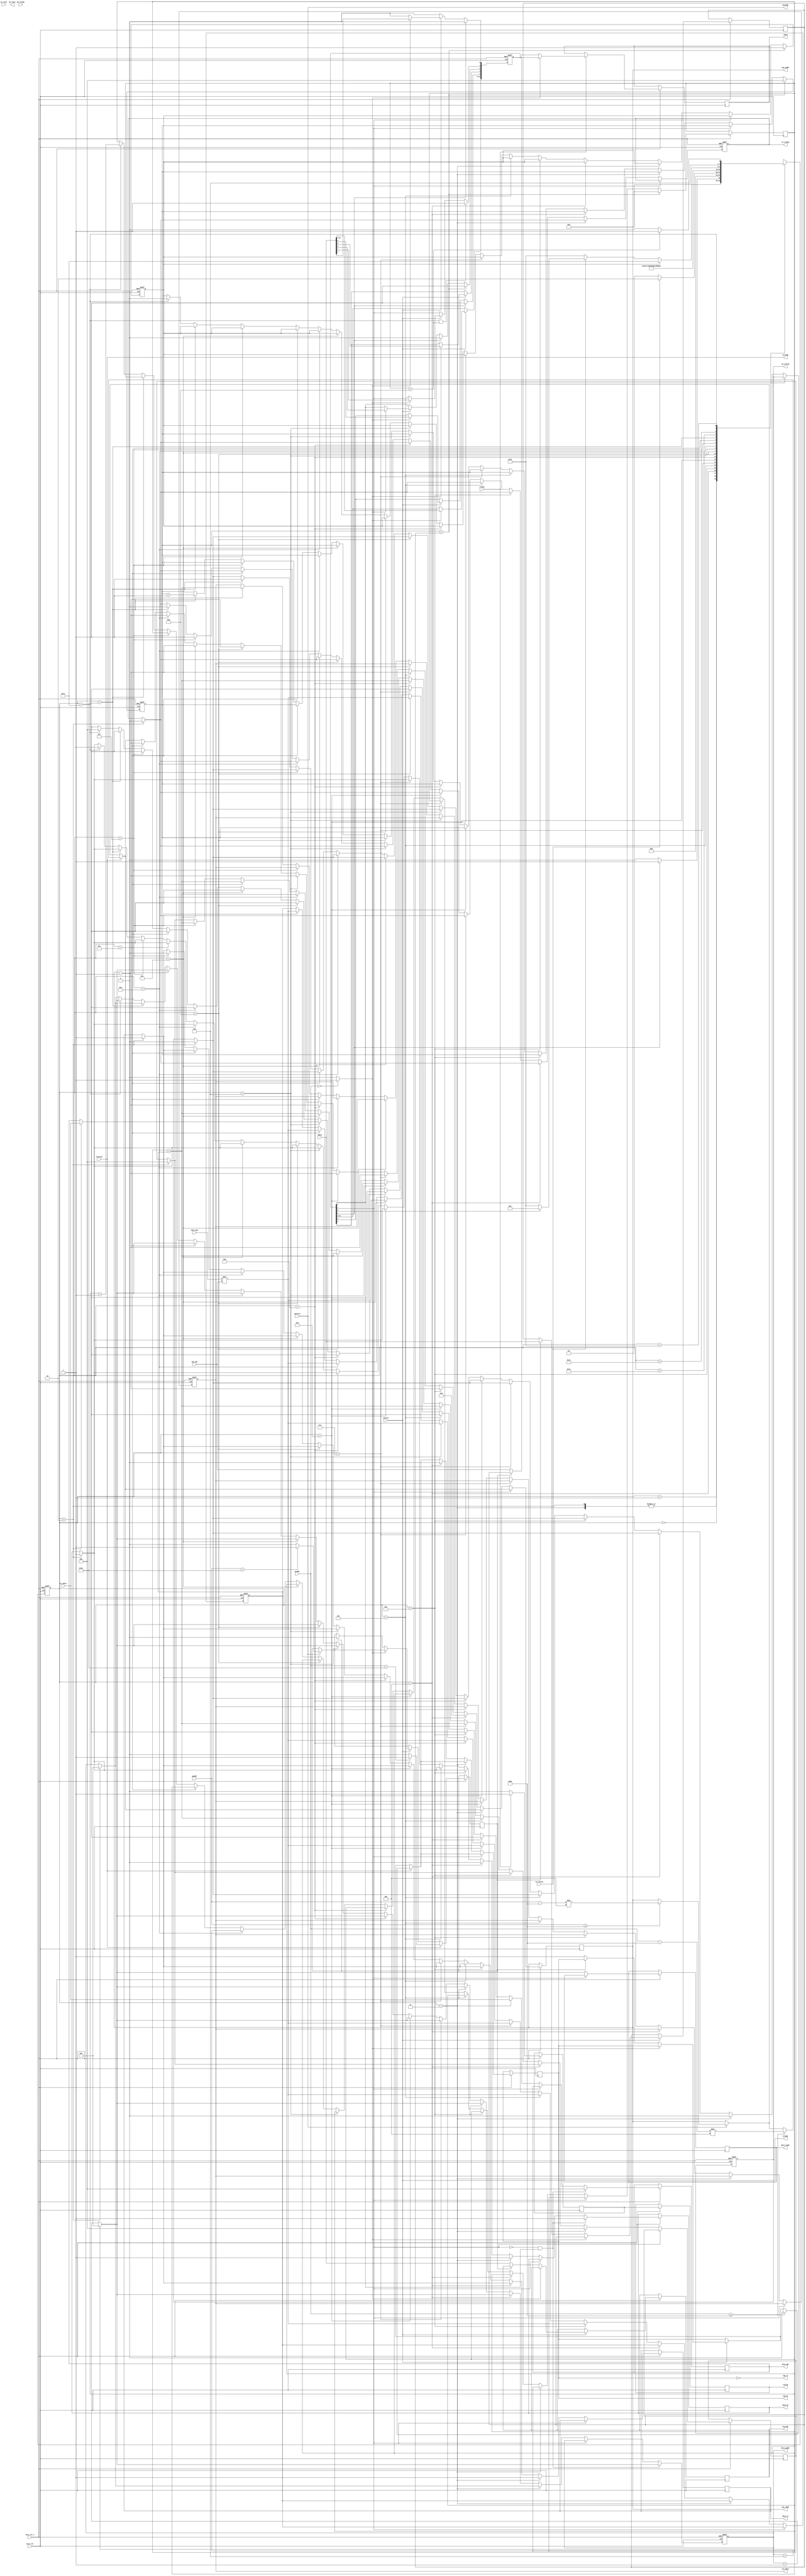
`timescale 1ns / 1ps

module fir 
#(  parameter pADDR_WIDTH = 12,
    parameter pDATA_WIDTH = 32,
    parameter Tape_Num    = 11,
    parameter IDLE = 5'd0,
    parameter START = 5'd1,
    parameter INIT_0 = 5'd2,
    parameter INIT_1 = 5'd3,
    parameter INIT_2 = 5'd4,
    parameter COEF_10 = 5'd5,
    parameter COEF_9 = 5'd6,
    parameter COEF_8 = 5'd7,
    parameter COEF_7 = 5'd8,
    parameter COEF_6 = 5'd9,
    parameter COEF_5 = 5'd10,
    parameter COEF_4 = 5'd11,
    parameter COEF_3 = 5'd12,
    parameter COEF_2 = 5'd13,
    parameter COEF_1 = 5'd14,
    parameter COEF_0 = 5'd15,
    parameter OUTPUT = 5'd16,
    parameter WAIT_VAL_1 = 5'd17,
    parameter WAIT_VAL_2 = 5'd18,
    parameter WAIT = 5'd19,
    parameter RST_BRAM = 5'd20,
    parameter WAIT_Y = 5'd21
)
(
    output  wire                     awready,
    output  wire                     wready,
    input   wire                     awvalid,
    input   wire [(pADDR_WIDTH-1):0] awaddr,
    input   wire                     wvalid,
    input   wire [(pDATA_WIDTH-1):0] wdata,
    output  wire                     arready,
    input   wire                     rready,
    input   wire                     arvalid,
    input   wire [(pADDR_WIDTH-1):0] araddr,
    output  wire                     rvalid,
    output  wire [(pDATA_WIDTH-1):0] rdata,    
    input   wire                     ss_tvalid, 
    input   wire [(pDATA_WIDTH-1):0] ss_tdata, 
    input   wire                     ss_tlast, 
    output  wire                     ss_tready, 
    input   wire                     sm_tready, 
    output  wire                     sm_tvalid, 
    output  wire [(pDATA_WIDTH-1):0] sm_tdata, 
    output  wire                     sm_tlast, 
    
    // bram for tap RAM
    // output  wire [3:0]               tap_WE,
    // output  wire                     tap_EN,
    // output  wire [(pDATA_WIDTH-1):0] tap_Di,
    // output  wire [(pADDR_WIDTH-1):0] tap_A,
    // input   wire [(pDATA_WIDTH-1):0] tap_Do,
    output  wire                     tap_we,
    output  wire                     tap_re,
    output  wire [(pADDR_WIDTH-1):0] tap_waddr,
    output  wire [(pADDR_WIDTH-1):0] tap_raddr,
    output  wire [(pDATA_WIDTH-1):0] tap_wdi,
    input   wire [(pDATA_WIDTH-1):0] tap_wdo,

    // bram for data RAM
    // output  wire [3:0]               data_WE,
    // output  wire                     data_EN,
    // output  wire [(pDATA_WIDTH-1):0] data_Di,
    // output  wire [(pADDR_WIDTH-1):0] data_A,
    // input   wire [(pDATA_WIDTH-1):0] data_Do,
    output  wire                     data_we,
    output  wire                     data_re,
    output  wire [(pADDR_WIDTH-1):0] data_waddr,
    output  wire [(pADDR_WIDTH-1):0] data_raddr,
    output  wire [(pDATA_WIDTH-1):0] data_wdi,
    input   wire [(pDATA_WIDTH-1):0] data_wdo,

    input   wire                     axis_clk,
    input   wire                     axis_rst_n
);


    // write your code here!
    reg [4:0] curr_state, next_state;
    reg [11:0] addr_buf, data_addr_buf, data_raddr_buf;
    reg signed [31:0] write_buf, data_write_buf, read_buf;
    reg read_flag1, read_flag2, WE_flag, data_WE_flag, data_RE_flag;
    reg [31:0] ap_signals, length;
    reg ap_flag, length_flag;
    reg [3:0] SftReg_ptr;
    reg SftReg_full_flag;
    reg [31:0] AddIn_buf, acc;
    reg ss_tready_buf, sm_tvalid_buf;
    reg [31:0] sm_tdata_buf;
    reg [31:0] cnt;
    reg last_data_flag;
    reg finish_flag;
    reg [3:0] RST_BRAM_cnt;
    
    // BRAM
    assign tap_wdi = write_buf;
    assign tap_waddr = addr_buf;
    assign tap_raddr = addr_buf;
    assign tap_we = WE_flag;
    assign tap_re = ~WE_flag;
    assign data_wdi = data_write_buf;
    assign data_waddr =  data_addr_buf;
    assign data_raddr =  data_raddr_buf;
    assign data_we = data_WE_flag;
    assign data_re = data_RE_flag;
    // axi-write
    assign awready = awvalid;
    assign wready = wvalid;
    // axi-read
    assign arready = arvalid;
    assign rvalid = read_flag2;
    assign rdata = read_buf;
    // axi-stream
    assign ss_tready = ss_tready_buf;
    assign sm_tdata = sm_tdata_buf;
    assign sm_tvalid = sm_tvalid_buf;

    always @ (posedge axis_clk or negedge axis_rst_n) begin
        if (~axis_rst_n) begin
            curr_state <= IDLE;
            ap_signals <= 32'h4;
            SftReg_ptr <= 4'h0;
            SftReg_full_flag <= 0;
            AddIn_buf <= 32'd0;
            ss_tready_buf <= 0;
            data_addr_buf <= 12'h000;
            sm_tvalid_buf <= 0;
            sm_tdata_buf <= 32'd0;
            cnt <= 32'd0;
            finish_flag <= 0;
        end
        else begin
            curr_state <= next_state;
            // Coefficient input
            // axilite-write
            if(awvalid) begin
                if(awaddr == 12'h010) begin
                    length_flag <= 1;
                end
                else length_flag <= 0;
                if(awaddr >= 12'h020) begin
                    addr_buf <= (awaddr - 12'h020) / 12'h004;
                end
            end
            if(wvalid) begin
                if(ap_flag) begin
                    ap_signals <= wdata;
                end
                else if(length_flag) begin
                    length <= wdata;
                    length_flag <= 0;
                end
                else begin
                    write_buf <= wdata;
                    WE_flag <= 1;
                end
            end
            //axilite-read
            if(arvalid) begin
                if(araddr == 12'h010) begin
                    length_flag <= 1;
                end
                else length_flag <= 0;
                if(araddr >= 12'h020) begin
                    addr_buf <= (araddr - 12'h020) / 12'h004;
                    WE_flag <= 0;
                end                
            end
            if(rready) begin
                read_flag1 <= 1;
                if(ap_flag) begin
                    read_buf <= ap_signals;
                    //Y[n] reset
                //    ap_signals[5] <= 0;
                end
                else if(length_flag)
                    read_buf <= length;
                else read_buf <= tap_wdo; 
            end
            else read_flag1 <= 0;
            read_flag2 <= read_flag1;

            if(ap_signals[0]) begin
                // ap_start = 0, ap_idle = 0
                ap_signals[0] <= 0;
                ap_signals[2] <= 0;
                // X[n] is ready to accept input
                ap_signals[4] <= 1;
            end
            if(~ap_signals[1]) begin
                if(data_addr_buf == 12'h00A)
                    data_raddr_buf <= 12'h000;
                else
                    data_raddr_buf <= data_addr_buf + 12'h001;
                if(curr_state == INIT_0) begin
                    // FIR
                    acc <= 32'd0;
                    // Data ram write/read
                    data_addr_buf <= 12'h000;
                    data_WE_flag <= 1;
                    data_RE_flag <= 1;
                    data_write_buf <= ss_tdata;
                    ss_tready_buf <= 0;
                    // Initialize output signal
                    sm_tvalid_buf <= 0;
                    // Initialize last data flag
                    last_data_flag <= 0;
                end
                if(curr_state == INIT_1) begin
                    // FIR
                    acc <= 32'd0;
                    // Data ram write/read
                    data_WE_flag <= 1;
                    data_RE_flag <= 1;
                    data_write_buf <= ss_tdata;
                    // Initialize output signal
                    sm_tvalid_buf <= 0;
                end
                else if(curr_state == INIT_2) begin
                    // Tap ram read
                    WE_flag <= 0;
                    addr_buf <= 12'h00a;
                    // Data ram write/read diable
                    data_WE_flag <= 0;
                    if(data_addr_buf == 12'h00a)
                            data_addr_buf <= 12'h000;
                    else    data_addr_buf <= data_addr_buf + 12'h001;
                end
                else if(curr_state == COEF_10) begin
                    // FIR
                    AddIn_buf <= data_wdo * tap_wdo;
                    // BRAM addr
                    addr_buf <= addr_buf - 12'h001;
                    if(data_addr_buf == 12'h00a)
                            data_addr_buf <= 12'h000;
                    else    data_addr_buf <= data_addr_buf + 12'h001;
                end
                else if(curr_state == COEF_9) begin
                    // FIR
                    AddIn_buf <= data_wdo * tap_wdo;
                    acc <= acc + AddIn_buf;
                    // BRAM addr
                    addr_buf <= addr_buf - 12'h001;
                    if(data_addr_buf == 12'h00a)
                            data_addr_buf <= 12'h000;
                    else    data_addr_buf <= data_addr_buf + 12'h001;
                end
                else if(curr_state == COEF_8) begin
                    // FIR
                    AddIn_buf <= data_wdo * tap_wdo;
                    acc <= acc + AddIn_buf;
                    // BRAM addr
                    addr_buf <= addr_buf - 12'h001;
                    if(data_addr_buf == 12'h00a)
                            data_addr_buf <= 12'h000;
                    else    data_addr_buf <= data_addr_buf + 12'h001;
                end
                else if(curr_state == COEF_7) begin
                    // FIR
                    AddIn_buf <= data_wdo * tap_wdo;
                    acc <= acc + AddIn_buf;
                    // BRAM addr
                    addr_buf <= addr_buf - 12'h001;
                    if(data_addr_buf == 12'h00a)
                            data_addr_buf <= 12'h000;
                    else    data_addr_buf <= data_addr_buf + 12'h001;
                end
                else if(curr_state == COEF_6) begin
                    // FIR
                    AddIn_buf <= data_wdo * tap_wdo;
                    acc <= acc + AddIn_buf;
                    // BRAM addr
                    addr_buf <= addr_buf - 12'h001;
                    if(data_addr_buf == 12'h00a)
                            data_addr_buf <= 12'h000;
                    else    data_addr_buf <= data_addr_buf + 12'h001;
                end
                else if(curr_state == COEF_5) begin
                    // FIR
                    AddIn_buf <= data_wdo * tap_wdo;
                    acc <= acc + AddIn_buf;
                    // BRAM addr
                    addr_buf <= addr_buf - 12'h001;
                    if(data_addr_buf == 12'h00a)
                            data_addr_buf <= 12'h000;
                    else    data_addr_buf <= data_addr_buf + 12'h001;
                end
                else if(curr_state == COEF_4) begin
                    // FIR
                    AddIn_buf <= data_wdo * tap_wdo;
                    acc <= acc + AddIn_buf;
                    // BRAM addr
                    addr_buf <= addr_buf - 12'h001;
                    if(data_addr_buf == 12'h00a)
                            data_addr_buf <= 12'h000;
                    else    data_addr_buf <= data_addr_buf + 12'h001;
                end
                else if(curr_state == COEF_3) begin
                    // FIR
                    AddIn_buf <= data_wdo * tap_wdo;
                    acc <= acc + AddIn_buf;
                    // BRAM addr
                    addr_buf <= addr_buf - 12'h001;
                    if(data_addr_buf == 12'h00a)
                            data_addr_buf <= 12'h000;
                    else    data_addr_buf <= data_addr_buf + 12'h001;
                end
                else if(curr_state == COEF_2) begin
                    // FIR
                    AddIn_buf <= data_wdo * tap_wdo;
                    acc <= acc + AddIn_buf;
                    // BRAM addr
                    addr_buf <= addr_buf - 12'h001;
                    if(data_addr_buf == 12'h00a)
                            data_addr_buf <= 12'h000;
                    else    data_addr_buf <= data_addr_buf + 12'h001;
                end
                else if(curr_state == COEF_1) begin
                    // FIR
                    AddIn_buf <= data_wdo * tap_wdo;
                    acc <= acc + AddIn_buf;
                    // BRAM addr
                    addr_buf <= addr_buf - 12'h001;
                    if(data_addr_buf == 12'h00a)
                            data_addr_buf <= 12'h000;
                    else    data_addr_buf <= data_addr_buf + 12'h001;
                end
                else if(curr_state == COEF_0) begin
                    // FIR
                    AddIn_buf <= data_wdo * tap_wdo;
                    acc <= acc + AddIn_buf;
                    // data RAM read disable
                    data_RE_flag <= 0;
                    // BRAM addr
                    if(data_addr_buf == 12'h00a)
                            data_addr_buf <= 12'h000;
                    else    data_addr_buf <= data_addr_buf + 12'h001;

                    ss_tready_buf <= 1;
                end
                else if(curr_state == OUTPUT) begin
                    cnt <= cnt + 32'd1;

                    sm_tdata_buf <= acc + AddIn_buf;
                    sm_tvalid_buf <= 1;

                    ss_tready_buf <= 0;
                end
                else if(curr_state == RST_BRAM) begin
                    //sm_tvalid_buf <= 0;
                    finish_flag <= 0;
                    RST_BRAM_cnt <= RST_BRAM_cnt + 4'd1;
                    // Reset data BRAM value
                    data_WE_flag <= 1;
                    data_write_buf <= 12'h000;
                    if(data_addr_buf == 12'h00a)
                        data_addr_buf <= 12'h000;
                    else
                        data_addr_buf <= data_addr_buf + 12'h001;
                end
                else begin
                
                end
            end
            if(ap_signals[1] == 0 & ap_signals[2] == 1) begin
                // Initialize data BRAM value while coefficient input
                data_WE_flag <= 1;
                data_write_buf <= 12'h000;
                if(data_addr_buf == 12'h00a)
                    data_addr_buf <= 12'h000;
                else
                    data_addr_buf <= data_addr_buf + 12'h001;
            end
            if(cnt == length) begin
                cnt <= 32'd0;
            //    ap_signals[1] <= 1; //ap_done
                ap_signals[2] <= 1;
                finish_flag <= 1;
                RST_BRAM_cnt <= 4'd0;
            end
            if(curr_state == RST_BRAM && RST_BRAM_cnt == 11) begin
                ap_signals[1] <= 1;
            end
        end
    end

    always @ (*) begin
        if(araddr == 12'h000)
            ap_flag = 1;
        else
            ap_flag = 0;
        next_state = 5'dx;
        case (curr_state)
            IDLE: 
                if(ap_signals[0])
                        next_state = START;
                else    next_state = IDLE;
            START:
                if(ss_tvalid)
                        next_state = INIT_0;
                else    next_state = START;
            INIT_0: next_state = INIT_2;
            INIT_1: next_state = INIT_2;
            INIT_2: next_state = COEF_10;
            COEF_10: next_state = COEF_9;
            COEF_9: next_state = COEF_8;
            COEF_8: next_state = COEF_7;
            COEF_7: next_state = COEF_6;
            COEF_6: next_state = COEF_5;
            COEF_5: next_state = COEF_4;
            COEF_4: next_state = COEF_3;
            COEF_3: next_state = COEF_2;
            COEF_2: next_state = COEF_1;
            COEF_1: next_state = COEF_0;
            COEF_0: next_state = OUTPUT;
            OUTPUT:
                next_state = WAIT_VAL_1;
            WAIT_VAL_1:
                next_state <= WAIT_VAL_2;
            WAIT_VAL_2:
                next_state <= WAIT_Y;
            WAIT_Y:
                if(finish_flag)
                    next_state = RST_BRAM;
                else if(!ss_tvalid)
                    next_state = WAIT_Y;
                else if(!ap_signals[5])
                    next_state = WAIT_Y;
                else    next_state = INIT_1;
            RST_BRAM:
                if(RST_BRAM_cnt == 4'd11)
                        next_state = WAIT_Y;
                else    next_state = RST_BRAM;
        endcase
    end

endmodule